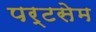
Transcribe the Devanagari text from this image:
पर्टसेम